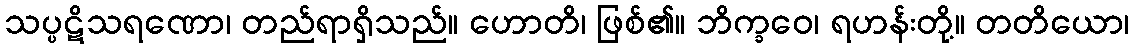
သပ္ပဋိသရဏော၊ တည်ရာရှိသည်။ ဟောတိ၊ ဖြစ်၏။ ဘိက္ခဝေ၊ ရဟန်းတို့။ တတိယော၊